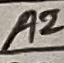
Text: A2